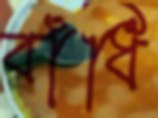
বাঁধি